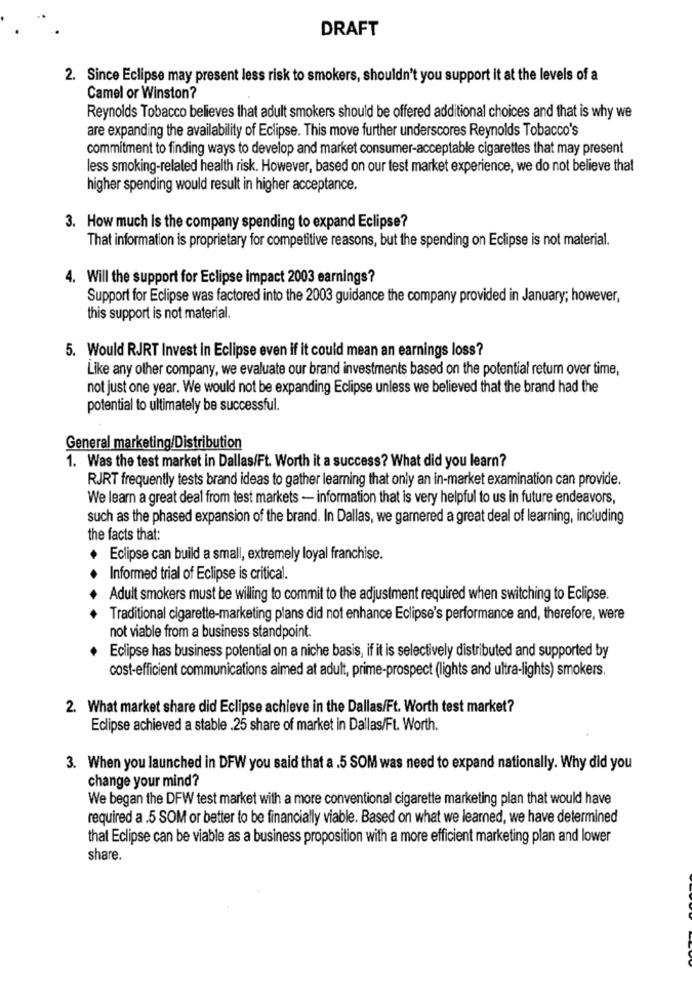
DRAFT
2. Since Eclipse may present less risk to smokers, shouldn't you support it at the levels of a
Camel or Winston?
Reynolds Tobacco believes that adult smokers should be offered additional choices and that is why we
are expanding the availability of Eclipse. This move further underscores Reynolds Tobacco's
commitment to finding ways to develop and market consumer-acceptable cigarettes that may present
less smoking-related health risk. However, based on our test market experience, we do not believe that
higher spending would result in higher acceptance.
3. How much Is the company spending to expand Eclipse?
That information is proprietary for competitive reasons, but the spending on Eclipse is not material.
4. Will the support for Eclipse impact 2003 earnings?
Support for Eclipse was factored into the 2003 guidance the company provided in January; however,
this support is not material.
5. Would RJRT Invest In Eclipse even if it could mean an earnings loss?
Like any other company, we evaluate our brand investments based on the potential retum over time,
not just one year. We would not be expanding Eclipse unless we believed that the brand had the
potential to ultimately be successful.
General marketing/Distribution
1. Was the test market in Dallas/Ft. Worth it a success? What did you learn?
RJRT frequently tests brand ideas to gather learning that only an in-market examination can provide.
We learn a great deal from test markets - information that is very helpful to us in future endeavors,
such as the phased expansion of the brand. In Dallas, we garnered a great deal of learning, including
the facts that:
Eclipse can build a small, extremely loyal franchise.
Informed trial of Eclipse is critical.
Adult smokers must be willing to commit to the adjustment required when switching to Eclipse.
Traditional cigarette-marketing plans did not enhance Eclipse's performance and, therefore, were
not viable from a business standpoint.
Eclipse has business potential on a niche basis, if it is selectively distributed and supported by
cost-efficient communications aimed at adult, prime-prospect (lights and ultra-lights) smokers.
2. What market share did Eclipse achieve in the Dallas/Ft. Worth test market?
Eclipse achieved a stable .25 share of market in Dallas/Ft. Worth.
3. When you launched in DFW you said that a .5 SOM was need to expand nationally. Why did you
change your mind?
We began the DFW test market with a more conventional cigarette marketing plan that would have
required a .5 SOM or better to be financially viable. Based on what we learned, we have determined
that Eclipse can be viable as a business proposition with a more efficient marketing plan and lower
share.